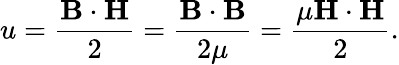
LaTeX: u={\frac{\mathbf{B}\cdot\mathbf{H}}{2}}={\frac{\mathbf{B}\cdot\mathbf{B}}{2\mu}}={\frac{\mu\mathbf{H}\cdot\mathbf{H}}{2}}.